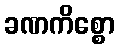
ခဏကိစ္စော